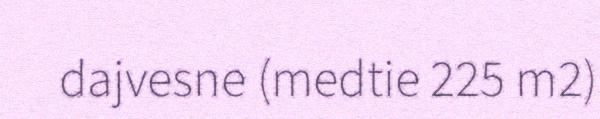
dajvesne (medtie 225 m2)